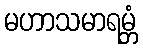
မဟာသမာရမ္ဘံ